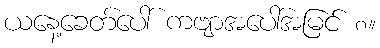
ယနေ့ခေတ်ပေါ် ကဗျာအပေါ်အမြင် ၈။